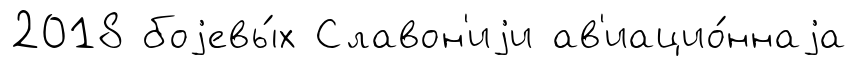
2018 боjевы́х Славон'иjи ав'иацио́ннаjа